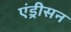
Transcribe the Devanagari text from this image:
एंड्रीसन